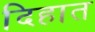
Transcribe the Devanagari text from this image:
दिहात